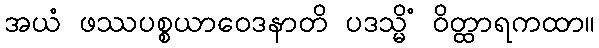
အယံ ဖဿပစ္စယာဝေဒနာတိ ပဒသ္မိံ ဝိတ္ထာရကထာ။